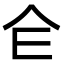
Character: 仺